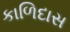
કાળિદાસ